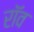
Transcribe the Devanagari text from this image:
रॉव